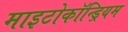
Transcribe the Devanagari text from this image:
माइटोकॉन्ड्रियम